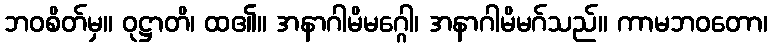
ဘဝစိတ်မှ။ ဝုဋ္ဌာတိ၊ ထ၏။ အနာဂါမိမဂ္ဂေါ၊ အနာဂါမိမဂ်သည်။ ကာမဘဝတော၊